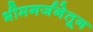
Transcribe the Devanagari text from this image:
भीमगर्जनेतून